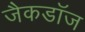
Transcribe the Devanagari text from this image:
जैकडॉज